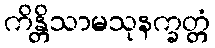
ကိန္တိသာမသုနက္ခတ္တံ